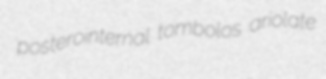
posterointernal tombolos ariolate